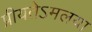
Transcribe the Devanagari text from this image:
प्रीयतेऽमलया